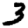
Digit: 3